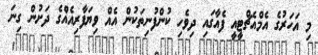
މި އަހަރުގެ އެމްއެޗްޓީއީ ފެއާގައި ދިވެހި ކުންފުނިތަކުން އެއް ވިޔަފާރިއެއްގެ ދަށުން ގިނަ